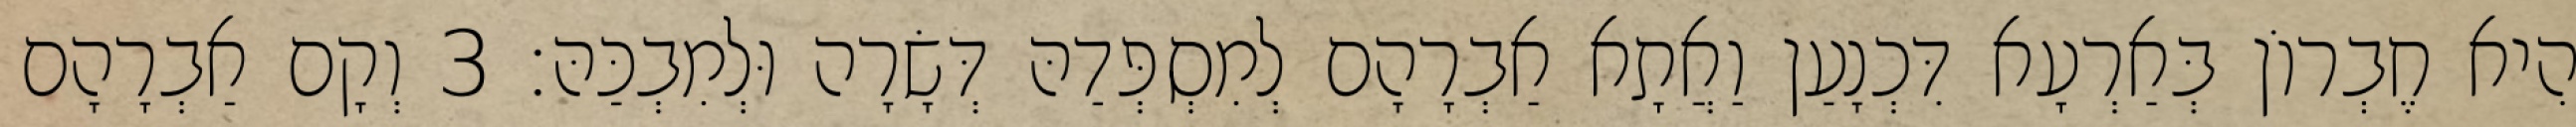
הִיא חֶבְרוֹן בְּאַרְעָא דִּכְנָעַן וַאֲתָא אַבְרָהָם לְמִסְפְּדַהּ דְּשָׂרָה וּלְמִבְכַּהּ׃ 3 וְקָם אַבְרָהָם